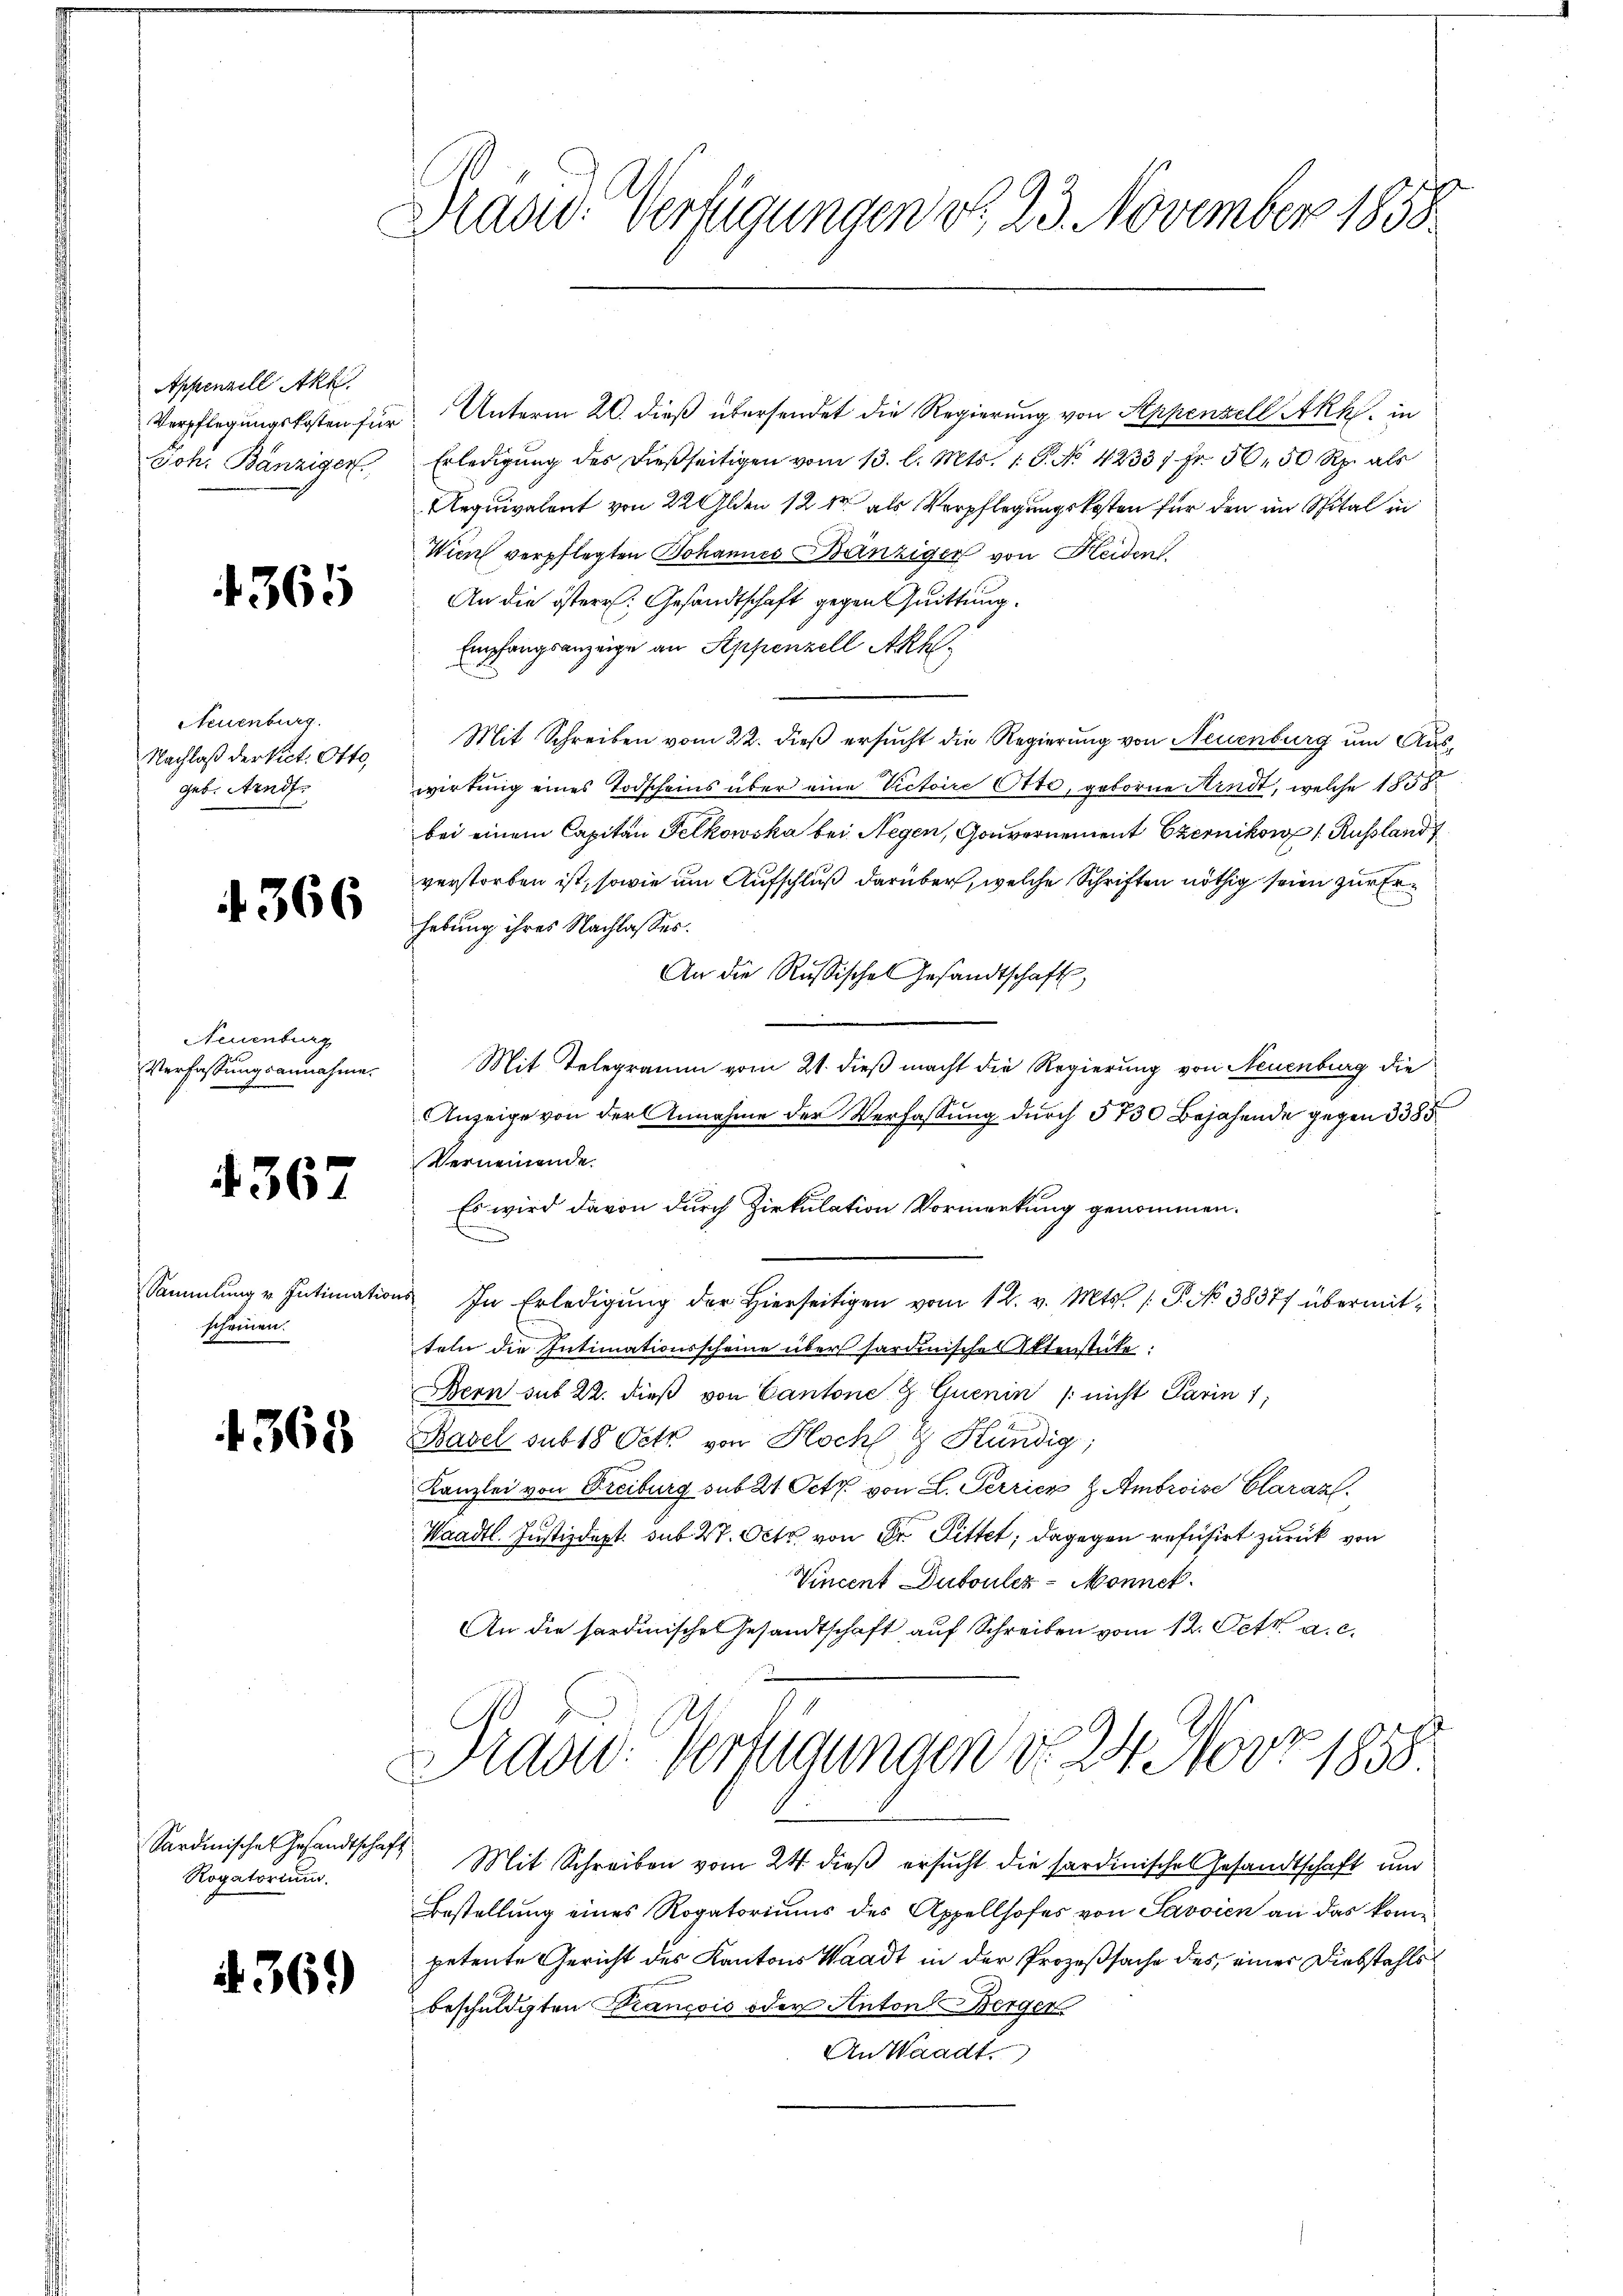
Appenzell Akl
Verpflegungskosten für
Joh. Bänziger

4365

Neuenburg.
Nachlaß der Vict. Otto,
geb. Arndt

4366

Neuenburg
Verfassungsannahme.

4367

Sammlung v. Intimation
scheinen.

4368

Sardinisches Gesandtschaf
Rogatorium.

369

Präsid. Verfügungen d. 23. November 1858

Unterm 20. dieß übersendet die Regierung von Appenzell Akh. in
Erledigung des dießseitigen vom 13. l. Mts. 1. P. No 42337 Fr. 50, 50 Rp. als
Aequivalent von 22 Olden 12 kr. als Verpflegungskosten für den im Spital in
Wien verpflegten Johannes Bänzigen von Heiden.
An die östere Gesandtschaft gegen Quittung.
Empfangsanzeige an Appenzell Akk
Mit Schreiben vom 22. dieß ersucht die Regierung von Neuenburg um Auswirkung eines Todscheins über eine Victoire Otto, geborne Kindt, welche 1858
bei einem Capitan Felkowska bei Regen, Gouvernement Czernikon, Russland
verstorben ist, sowie um Aufschluß darüber, welche Schriften nöthig seien zur Erhebung ihres Nachlasses.
An die Russische Gesandtschaft,
Mit Telegramm vom 21. dieß macht die Regierung von Neuenburg die
Anzeige von der Annahme der Verfassung durch 5730 Bejahende gegen 385
Verneinende.
Es wird davon durch Zirkulation Vormerkung genommen.
u. In Erledigŭng der hierseitigen vom 12. v. Mts. /: P. No 38377 übermitteln die Intimationsscheine über hardinisches Aktenstüke:
Bern sub 22. dieß von Cantone & Quenin /: nicht Parin 1
Basel sub 18 Oett von Hoch- & Kündig
Kanzlei von Freiburg sub 21 Octb. von L. Perrier H. Ambroise Claraz
Waadt. Justizdept. sub 27. Octb. von Dr. Littet; dagegen refusirt zurück von
Vincent Dubouler-Monnet.
An die sardinische Gesandtschaft auf Schreiben vom 12. Oett. a. c.
Prand Verfügungen d. 24. Nov. 1858

14 Mit Schreiben vom 24. dieß ersucht die sardinische Gesandtschaft und
Bestellung eines Rogatoriums des Appellhofes von Savoien an das kome
petente Gericht des Kantons Waadt in der Prozeßsache des einer Diebstahlsbeschuldigten Krancois oder Anton Berger
An Waadt.